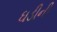
ઘડીની